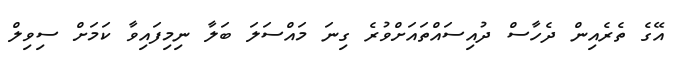
އޭގެ ތެރެއިން ދެހާސް ދުއިސައްތައަށްވުރެ ގިނަ މައްސަލަ ބަލާ ނިމިފައިވާ ކަމަށް ސިވިލް